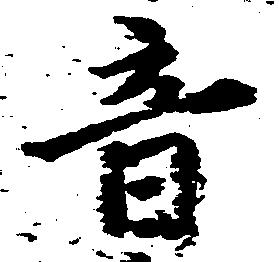
音